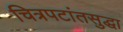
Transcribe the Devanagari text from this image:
चित्रपटांतसुद्धा